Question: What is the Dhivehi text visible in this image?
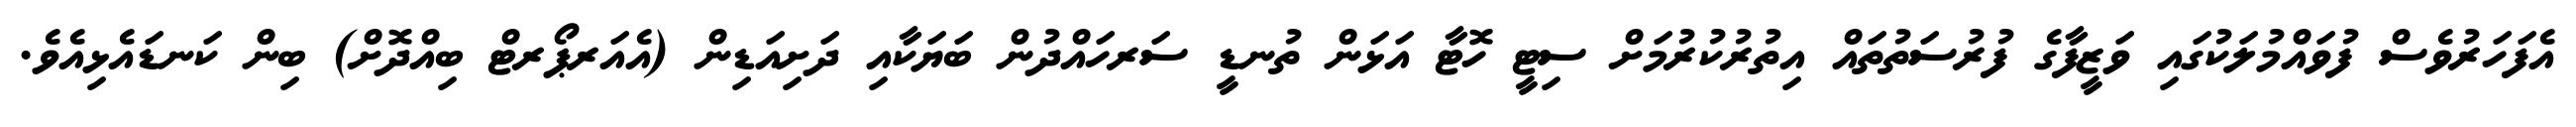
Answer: އެފަހަރުވެސް ފުވައްމުލަކުގައި ވަޒީފާގެ ފުރުސަތުތައް އިތުރުކުރުމަށް ސިޓީ ހޮޓާ އަޅަން ތުނޑީ ސަރހައްދުން ބަޔަކާއި ދަށިއަޑިން (އެއަރޕޯރޓް ބިއްދޮށް) ބިން ކަނޑައެޅިއެވެ.